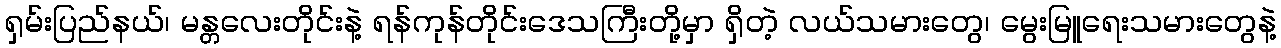
ရှမ်းပြည်နယ်၊ မန္တလေးတိုင်းနဲ့ ရန်ကုန်တိုင်းဒေသကြီးတို့မှာ ရှိတဲ့ လယ်သမားတွေ၊ မွေးမြူရေးသမားတွေနဲ့